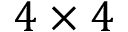
4 \times 4